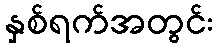
နှစ်ရက်အတွင်း